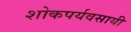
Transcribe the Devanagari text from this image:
शोकपर्यवसायी